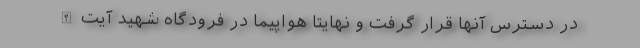
در دسترس آنها قرار گرفت و نهایتا هواپیما در فرودگاه شهید آیت‌الله